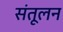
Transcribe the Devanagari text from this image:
संतूलन